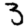
Digit: 3